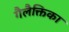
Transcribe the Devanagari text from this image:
गैलैक्तिका